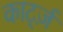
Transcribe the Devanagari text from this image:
कार्ट्ज़